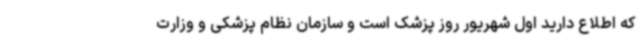
که اطلاع دارید اول شهریور روز پزشک است و سازمان نظام پزشکی و وزارت